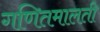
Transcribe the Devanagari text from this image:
गणितमालती